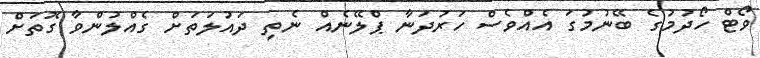
ވޯޓް ހޯދުމުގެ ބޭނުމުގަ އެއްވެސް ހަރުދަނާ ޕްލޭނެއް ނެތި ދައުލަތަށް ގެއްލުންވާ ގޮތަށް